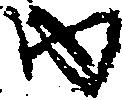
内